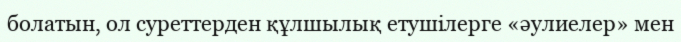
болатын, ол суреттерден құлшылық етушілерге «әулиелер» мен